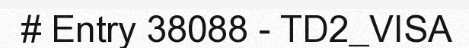
# Entry 38088 - TD2_VISA